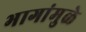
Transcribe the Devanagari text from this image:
भागांमुळे